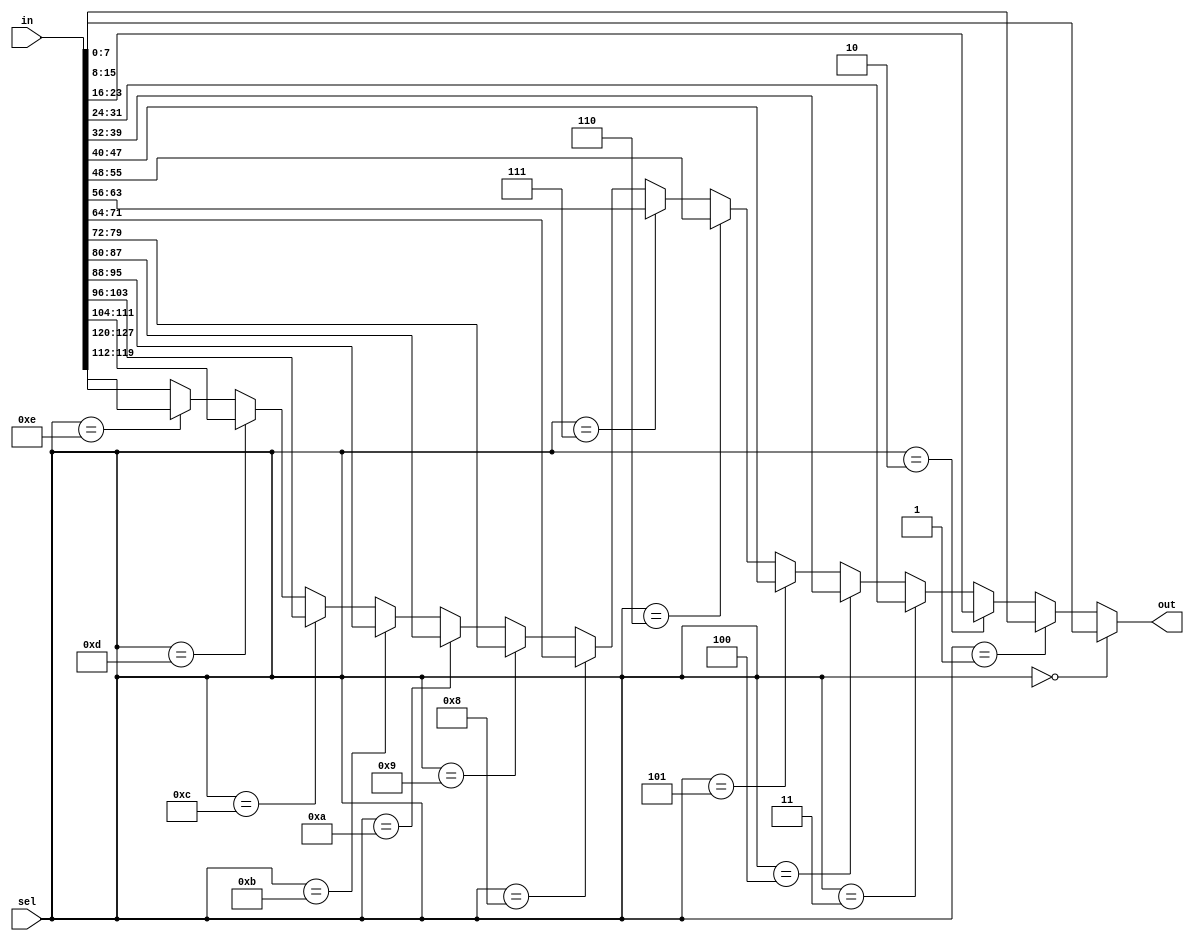
module mux(
   input       [127:0]  in,
   input       [3:0]    sel,
   output  [7:0]    out
);
   
   // Big mux

   assign out = 
      (sel == 0)  ?   in[7:0]       :
      (sel == 1)  ?   in[15:8]      :
      (sel == 2)  ?   in[23:16]     :
      (sel == 3)  ?   in[31:24]     :
      (sel == 4)  ?   in[39:32]     :
      (sel == 5)  ?   in[47:40]     :
      (sel == 6)  ?   in[55:48]     :
      (sel == 7)  ?   in[63:56]     :
      (sel == 8)  ?   in[71:64]     :
      (sel == 9)  ?   in[79:72]     :
      (sel == 10) ?   in[87:80]     :
      (sel == 11) ?   in[95:88]     :
      (sel == 12) ?   in[103:96]    :
      (sel == 13) ?   in[111:104]   :
      (sel == 14) ?   in[119:112]   :
                      in[127:120]   ;

endmodule